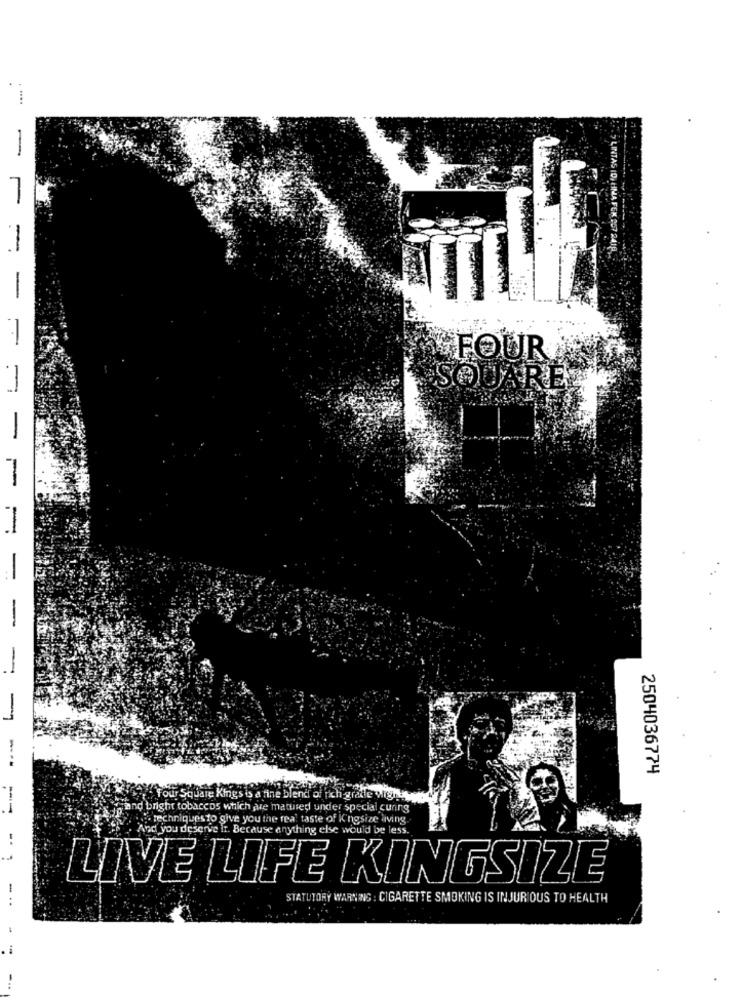
> LINTAS ID, HNA F
-
-
FOUR
SQUARE
-- -
- -
-
-
-
2504036774
four Square Kings is a fine blend of rich gratte wiggly
--
and bright tobaccos which are matured under special cuning
... techniquesto give you the real taste of Kingsize living.
And you deserve it. Because anything else would be less.
LIVE LIFE KINGSIZE
-
STATUTORY WARNING : CIGARETTE SMOKING IS INJURIOUS TO HEALTH